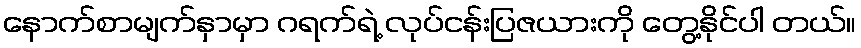
နောက်စာမျက်နှာမှာ ဂရက်ရဲ့ လုပ်ငန်းပြဇယားကို တွေ့နိုင်ပါ တယ်။